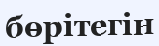
бөрітегін